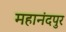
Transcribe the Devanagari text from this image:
महानंदपुर